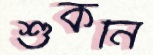
শুকনি